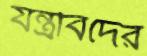
যন্ত্রবিদের